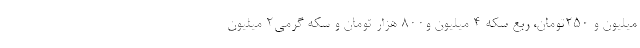
میلیون و ۲۵۰تومان، ربع سکه ۴ میلیون و۸۰۰ هزار تومان و سکه گرمی۲ میلیون